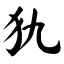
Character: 犰